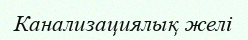
Канализациялық желі